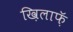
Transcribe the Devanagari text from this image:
ख़िलाफ़ॅ